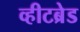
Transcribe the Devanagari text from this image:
व्हीटब्रेड